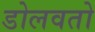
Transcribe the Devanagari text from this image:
डोलवतो